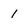
Character: 1